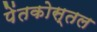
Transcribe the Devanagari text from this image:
पेंतकोस्तल